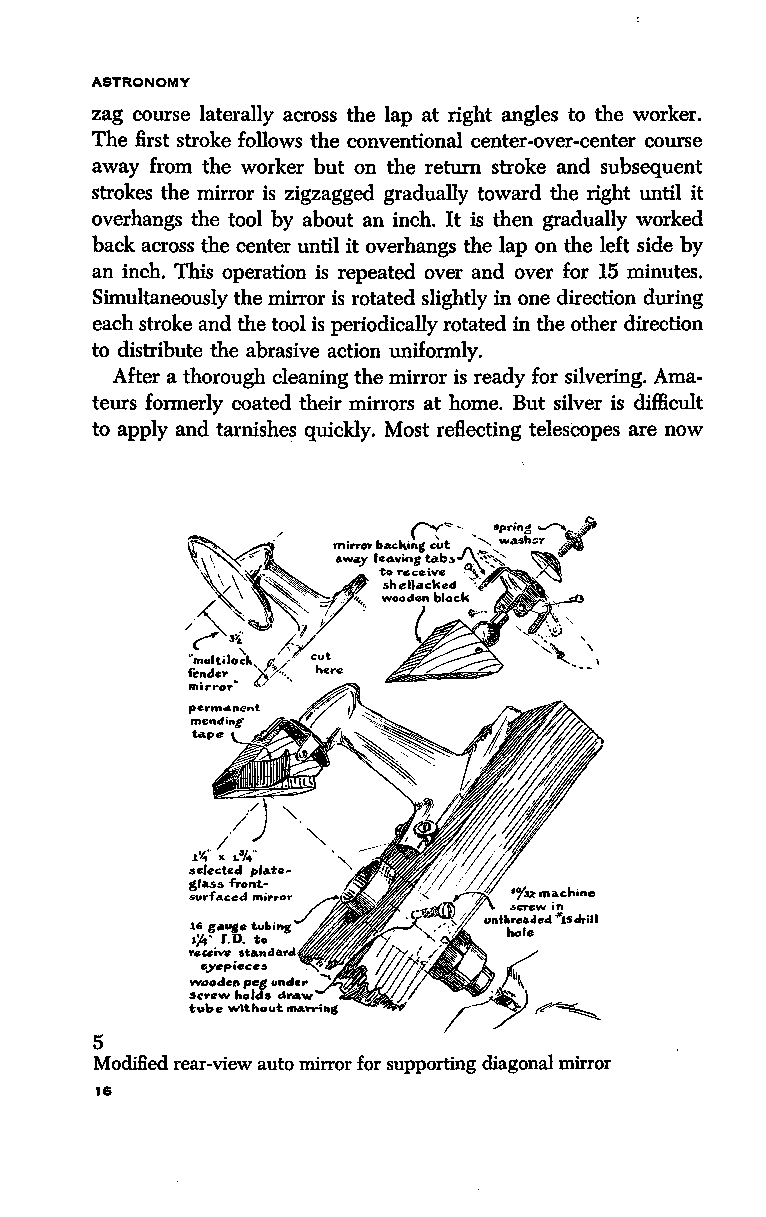
ASTRONOMY
 zag course laterally across the lap at right angles to the worker.
 The first stroke follows the conventional center-over-center course
 away from the worker but on the return stroke and subsequent
 strokes the mirror is zigzagged gradually toward the right until it
 overhangs the tool by about an inch. It is then gradually worked
 back across the center until it overhangs the lap on the left side by
 an inch. This operation is repeated over and over for 15 minutes.
 Simultaneously the mirror is rotated slightly in one direction during
 each stroke and the tool is periodically rotated in the other direction
 to distribute the abrasive action uniformly.
 After a thorough cleaning the mirror is ready for silvering. Ama
 teurs formerly coated their mirrors at home. But silver is difficult
 to apply and tarnishes quickly. Most reflecting telescopes are now
 16 g.ouge
 •;4• J.D.
 V'eceive ato.•nda•d~
 oyepiecea
 w,oodcn peg und&,.
 sn-ew holds drAw
 tube without ma.'n"'ing
 5
 Modified rear-view auto mirror for supporting diagonal mirror
 t6